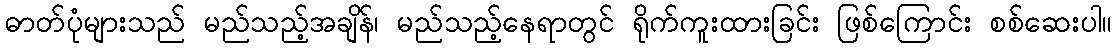
ဓာတ်ပုံများသည် မည်သည့်အချိန်၊ မည်သည့်နေရာတွင် ရိုက်ကူးထားခြင်း ဖြစ်ကြောင်း စစ်ဆေးပါ။